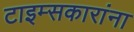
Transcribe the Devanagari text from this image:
टाइम्सकारांना